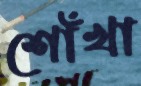
শোঁখা